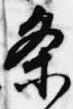
条